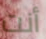
أنت